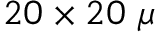
2 0 \times 2 0 ~ \mu